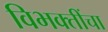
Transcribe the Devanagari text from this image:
विभक्तींचा